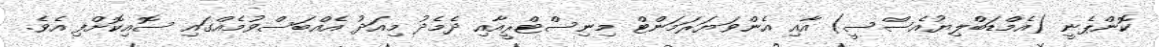
ކޮންޕެނީ (އެމްޑަބްލިޔުއެސްސީ) އާއި އެންވަޔަރަމަންޓް މިނިސްޓްރީއާއި ދެމެދު މިއަދު އެއްބަސްވުމެއްގައި ސޮއިކޮށްފި އެވެ.